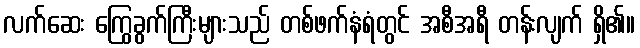
လက်ဆေး ကြွေခွက်ကြီးများသည် တစ်ဖက်နံရံတွင် အစီအရီ တန်းလျက် ရှိ၏။